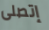
إتصلى